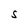
Character: S